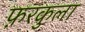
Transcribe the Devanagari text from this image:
फ़रकुला